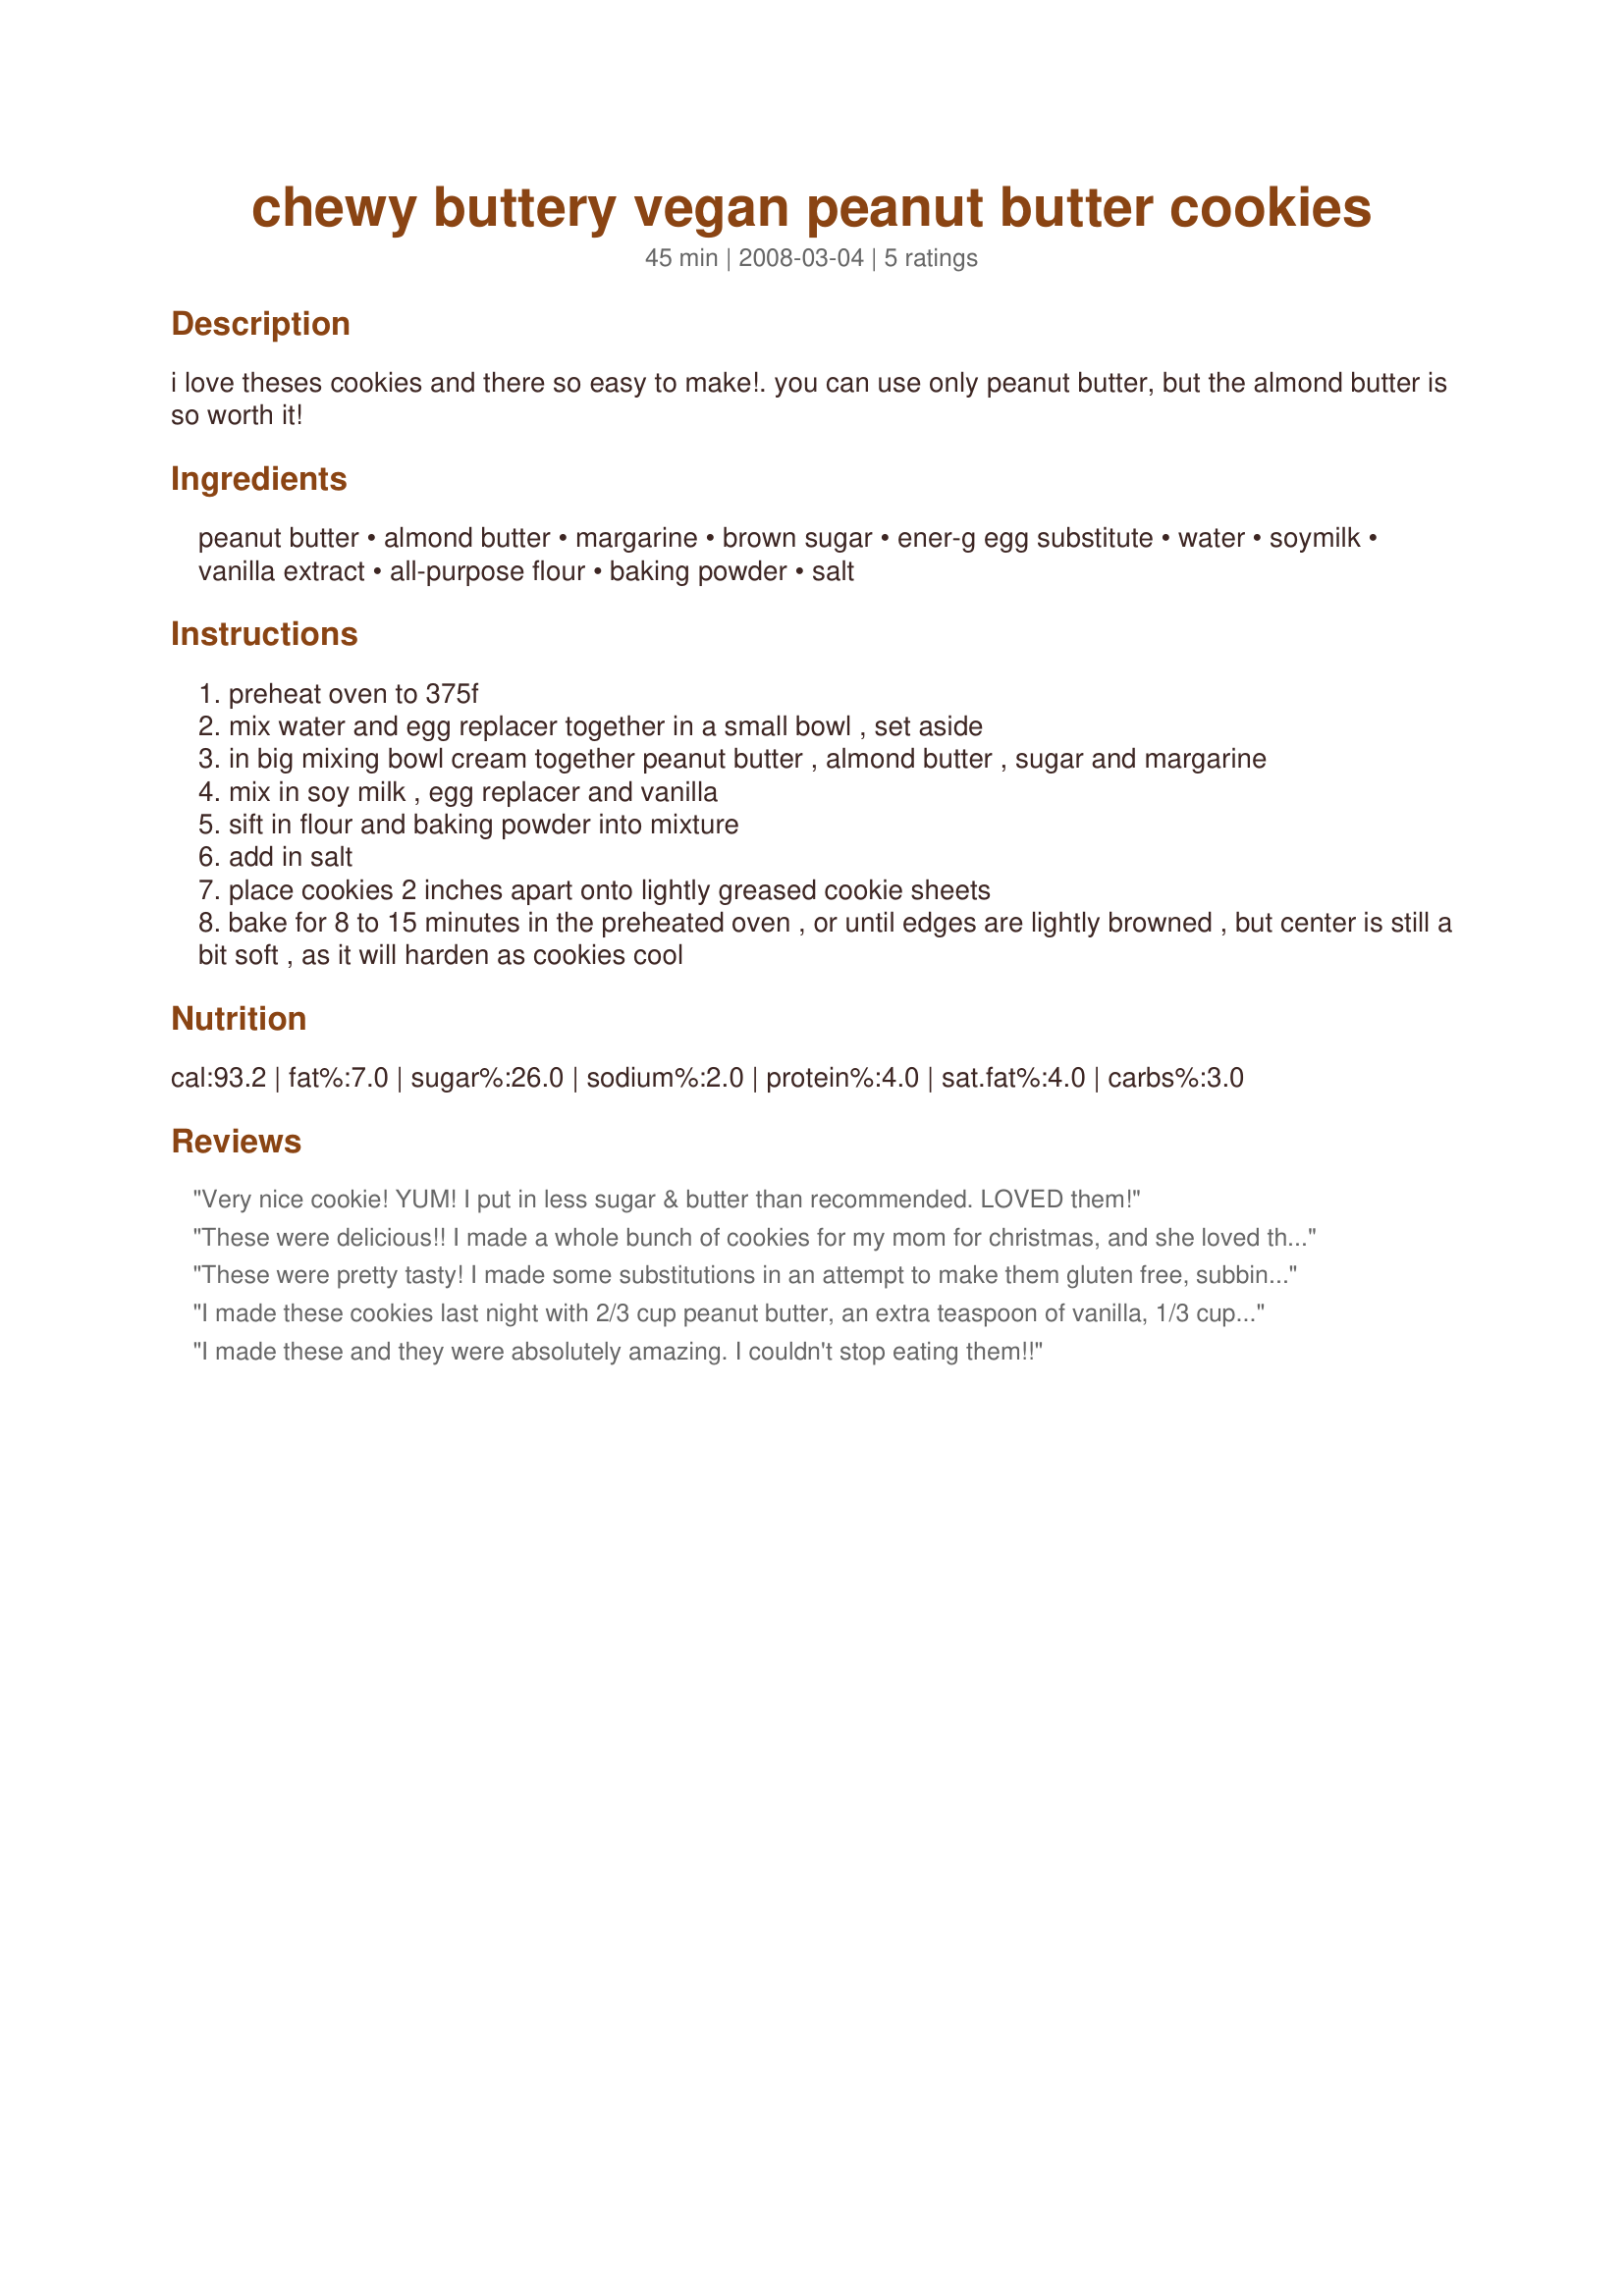
chewy buttery vegan peanut butter cookies
Preparation time: 45 minutes

i love theses cookies and there so easy to make!. you can use only peanut butter, but the almond butter is so worth it!

Ingredients:
peanut butter, almond butter, margarine, brown sugar, ener-g egg substitute, water, soymilk, vanilla extract, all-purpose flour, baking powder, salt

Steps:
preheat oven to 375f
mix water and egg replacer together in a small bowl , set aside
in big mixing bowl cream together peanut butter , almond butter , sugar and margarine
mix in soy milk , egg replacer and vanilla
sift in flour and baking powder into mixture
add in salt
place cookies 2 inches apart onto lightly greased cookie sheets
bake for 8 to 15 minutes in the preheated oven , or until edges are lightly browned , but center is still a bit soft , as it will harden as cookies cool

Reviews:
Very nice cookie! YUM! I put in less sugar & butter than recommended. LOVED them!
These were delicious!!
I made a whole bunch of cookies for my mom for christmas, and she loved these!
These were pretty tasty! I made some substitutions in an attempt to make them gluten free, subbing 1/2 C of oat flour, 1/4 C of tapioca flour and 1/4 C of oats for the flour listed in the recipe. I also used a banana instead of the egg replacer. They were soft, chewy, and delicious. Thank you!
I made these cookies last night with 2/3 cup peanut butter, an extra teaspoon of vanilla, 1/3 cup of Earth Balance for the margarine, and 2/3 cup brown sugar/Splenda mixture. I usually try to go with lower fat cookie recipes and they usually turn out disappointing, so I went all out for these & they were FANTASTIC! I baked them for about 14 minutes for a perfect chewy/crispy cookie & it yielded about 16 cookies for me. I highly reccommend this recipe! They even spreaded, which I find is rare for vegan cookies.
I made these and they were absolutely amazing. I couldn't stop eating them!!
